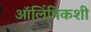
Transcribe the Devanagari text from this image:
ऑलिंपिकशी